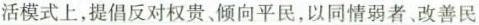
活模式上，提倡反对权贵、倾向平民，以同情弱者、改善民